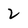
Character: 2